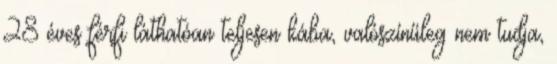
28 éves férfi láthatóan teljesen kába, valószínűleg nem tudja,